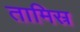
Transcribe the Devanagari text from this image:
तामिस्र